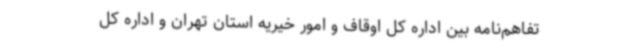
تفاهم‌نامه بین اداره کل اوقاف و امور خیریه استان تهران و اداره کل